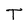
Character: T